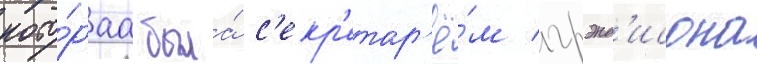
кото́раа была́ с'екр'етар'ё́м грэнд'исона